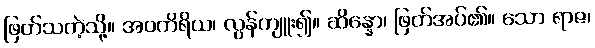
ဖြတ်သကဲ့သို့။ အဝကိရိယ၊ လွန်ကျူး၍။ ဆိန္နော၊ ဖြတ်အပ်၏။ သော ရာဇ၊